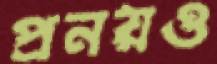
প্রনয়ও